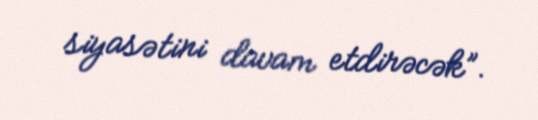
siyasətini davam etdirəcək”.